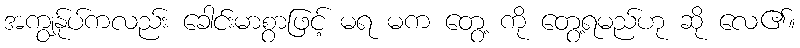
အကျွန်ုပ်ကလည်း ခေါင်းမာစွာဖြင့် မရ မက တွေ့ ကို တွေ့ရမည်ဟု ဆို လေ၏။